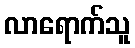
လာရောက်သူ